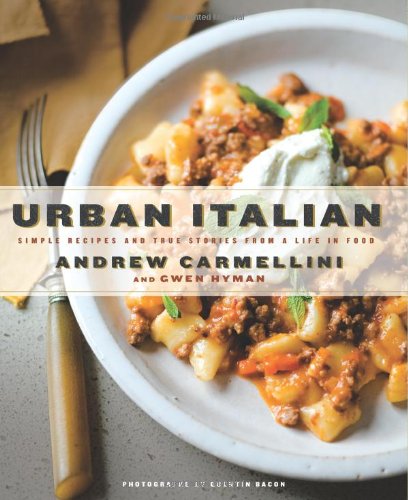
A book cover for Urban Italian: Simple Recipes and True Stories from a Life in Food; Andrew Carmellini; Cookbooks, Food & Wine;